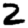
Digit: 2